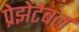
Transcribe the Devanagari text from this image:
प्रेझेंटेबल